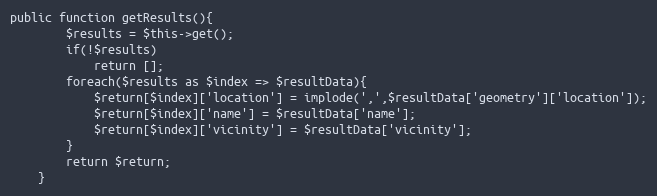
Language: PHP
public function getResults(){
        $results = $this->get();
        if(!$results)
            return [];
        foreach($results as $index => $resultData){
            $return[$index]['location'] = implode(',',$resultData['geometry']['location']);
            $return[$index]['name'] = $resultData['name'];
            $return[$index]['vicinity'] = $resultData['vicinity'];
        }
        return $return;
    }